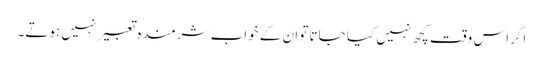
اگر اس وقت کچھ نہیں کیا جاتا تو ان کے خواب شرمندہ تعبیر نہیں ہوتے۔